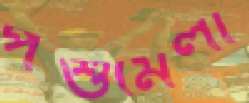
পশুমেলা